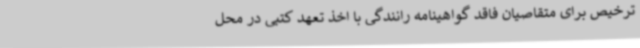
ترخیص برای متقاصیان فاقد گواهینامه رانندگی با اخذ تعهد کتبی در محل